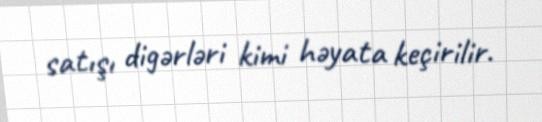
satışı digərləri kimi həyata keçirilir.